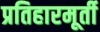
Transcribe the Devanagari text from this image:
प्रतिहारमूर्ती